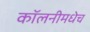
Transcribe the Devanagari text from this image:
कॉलनीमधेच